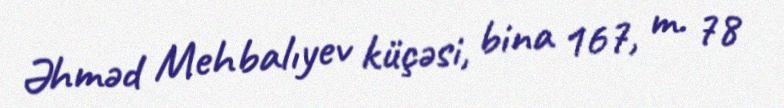
Əhməd Mehbalıyev küçəsi, bina 167, m. 78